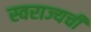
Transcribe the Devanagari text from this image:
स्वराज्यची